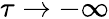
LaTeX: \tau\rightarrow-\infty